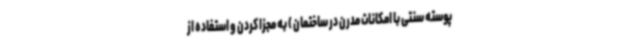
پوسته سنتی با امکانات مدرن در ساختمان ) به مجزا کردن و استفاده از